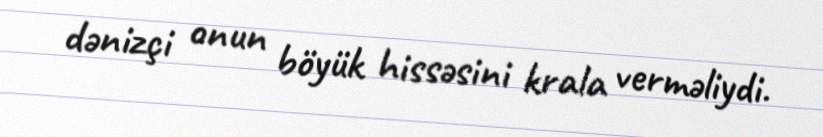
dənizçi onun böyük hissəsini krala verməliydi.